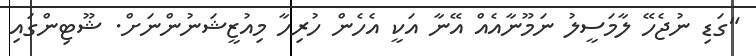
"ގަޑި ނުޖެހޭ ލާމަސީލު ނަމޫނާއެއް އޭނާ އަކީ އެހެން ހުރިހާ މިއުޒީޝަނުންނަށް. ޝޫޓިންގައި